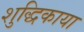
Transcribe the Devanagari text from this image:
शुद्धिकाया